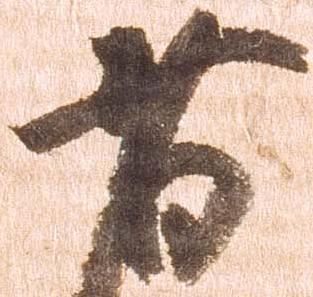
者